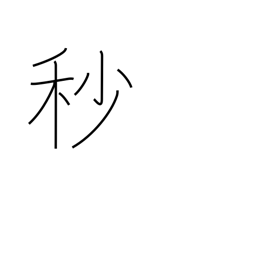
Meaning: second (1/60 minute)